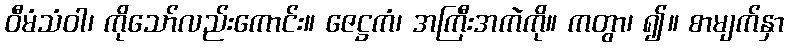
ဝီမံသံဝါ၊ ကိုသော်လည်းကောင်း။ ဇေဋ္ဌကံ၊ အကြီးအကဲကို။ ကတွာ၊ ၍။ စာမျက်နှာ